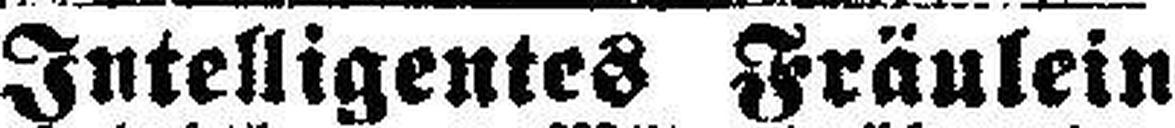
Intelligentes Fräulein